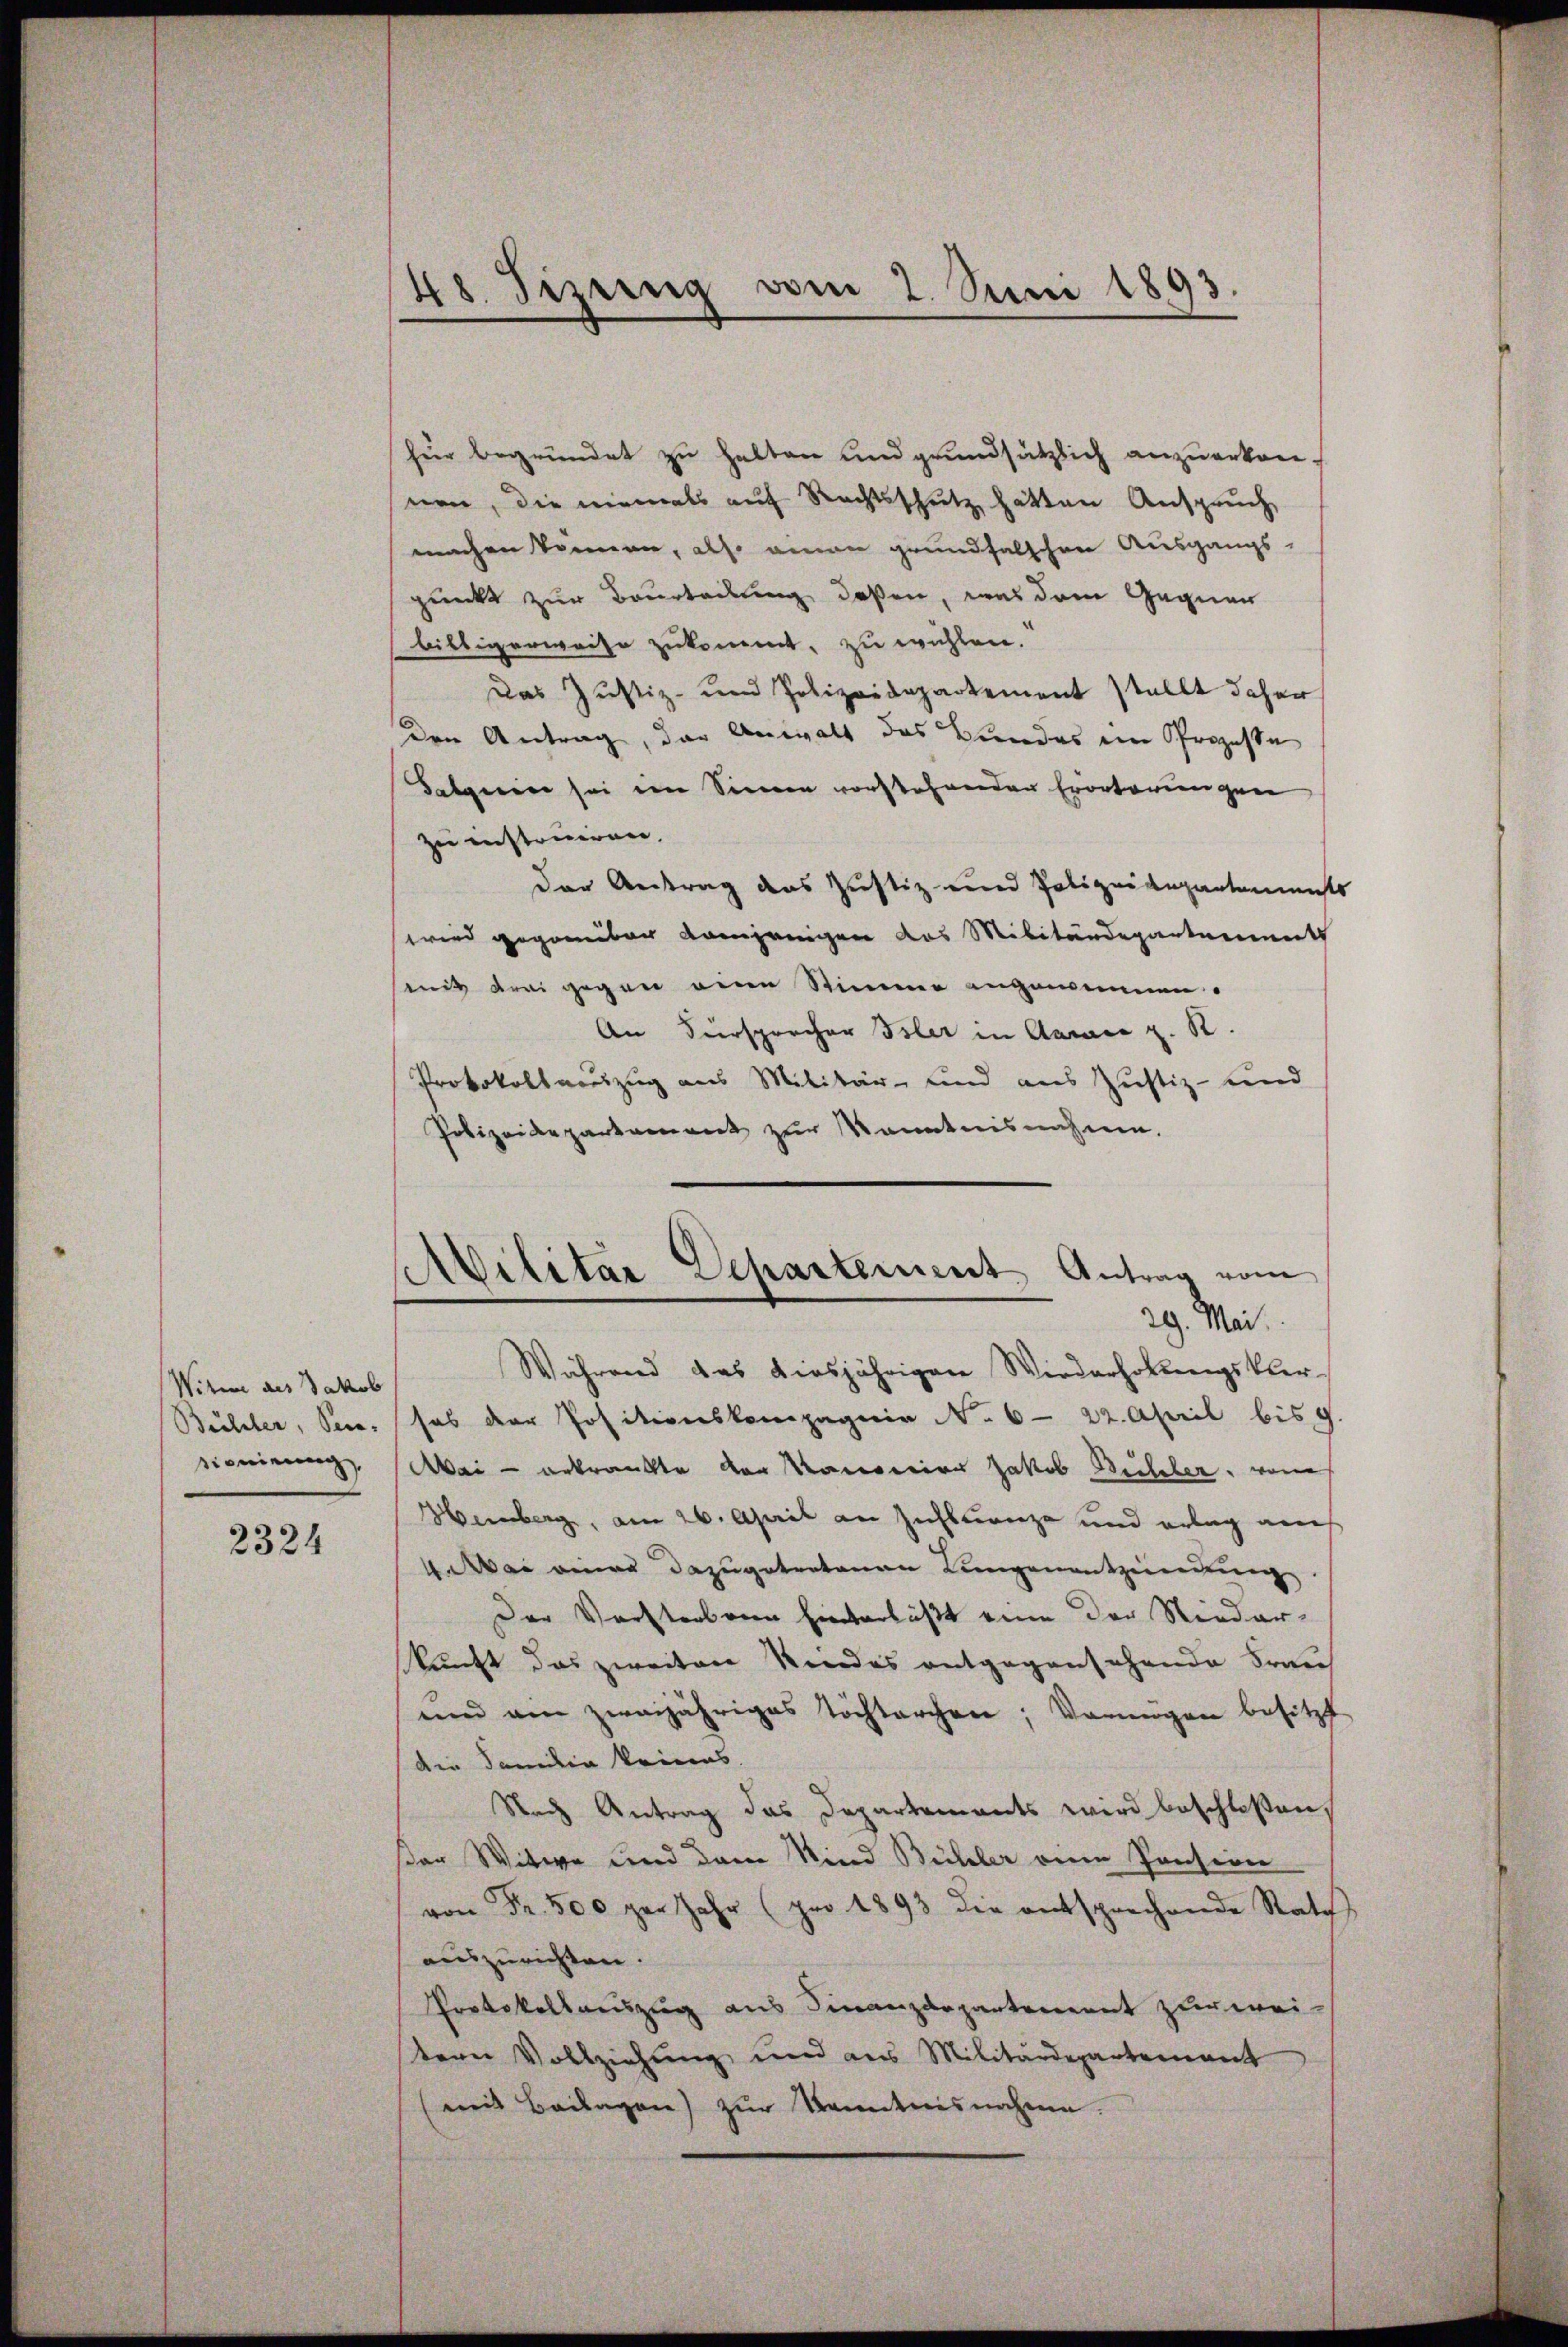
Witwe des Jakob

2324

hur begründet zu halten und grundsätzlich anzuerken.
nen, die niemals auf Rechtsschutz hätten Anspruch,
machen können, also einen grundfalschen Ausgangs-
pueckt zur Beurteilung deßen, was dem Gegnen
billigerweise zukommt, zu wichten.
Das Justiz- und Polizeidepartement stellt daher
den Antrag, der Anwalt das Bundes ein Prozesse
Satgerin sei im Sinnen vorstehenden Erörterungen
zu instruiren,
der Antrag des Justiz- und Polizeidepartenmass
wird gegenüber demjenigen das Militärdepartement
mit drei gegen eine Stimme angewinnen.
An Fürsprocher Isler in Aarer z. R.
Protokollauszug aus Militär- und aus Justiz- und
Polizeidepartament zur Kanntnisnahmen.

Bühsler, Secr. hab der Positionskompagnie No 6 - 22. April bis
ionirung. Mai erkrankte der Kanonier Jakob Bühler, von
Hemberg, am 26. April an Zufluenze und erlag auch
 ei eine dazugetretenen Lungenentzündung
Der Verstorbenen hinterläßt eine der Niederkunft das zweiten Kindes entgegensehende Frau
und ain zweijähriges Töchterchen; Vermögen besitzt
Die Familie keines.
Nach Antrag das Departements wird beschloßen,
ser Witwe und dem Kind Bühler von Pensione
von Fr. 500 per Jahr (pro 1893 die entsprechende Rath,
auszurichten.
Protokollauszug aus Finanzdepartement zur weistern Vollziehung und aus Militärdepartement
(mit Beilagen) zŭr Kenntnisnahme.

48. Sizung vom 2. Juni 1893

Militar Departement Antrag vom
29. Mai.
Während das diesjährigen Wiederholŭngskler-